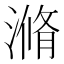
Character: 滫